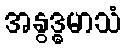
အနွဒ္ဓမာသံ